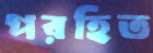
পরহিত